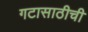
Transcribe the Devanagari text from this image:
गटासाठीची